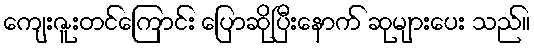
ကျေးဇူးတင်ကြောင်း ပြောဆိုပြီးနောက် ဆုများပေး သည်။